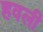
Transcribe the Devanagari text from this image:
हवली